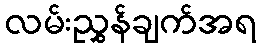
လမ်းညွှန်ချက်အရ